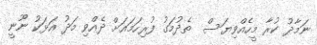
ނަމާދު ކުރާ މީހެއްވިޔަސް  ތެދުމަގު ފުރިހަމައަށް ދެއްވި މަދު އަޅަކު ނޫނީ